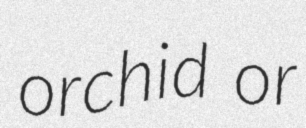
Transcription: orchid or